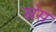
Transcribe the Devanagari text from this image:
स्नंस